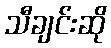
သီချင်းဆို